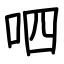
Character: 呬